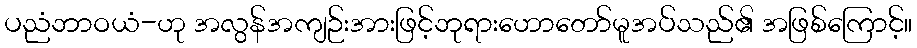
ပညံဘာဝယံ-ဟု အလွန်အကျဉ်းအားဖြင့်ဘုရားဟောတော်မူအပ်သည်၏ အဖြစ်ကြောင့်။